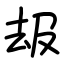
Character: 叝